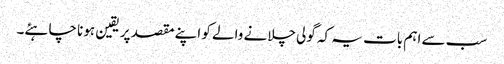
سب سے اہم بات یہ کہ گولی چلانے والے کو اپنے مقصد پر یقین ہونا چاہئے۔